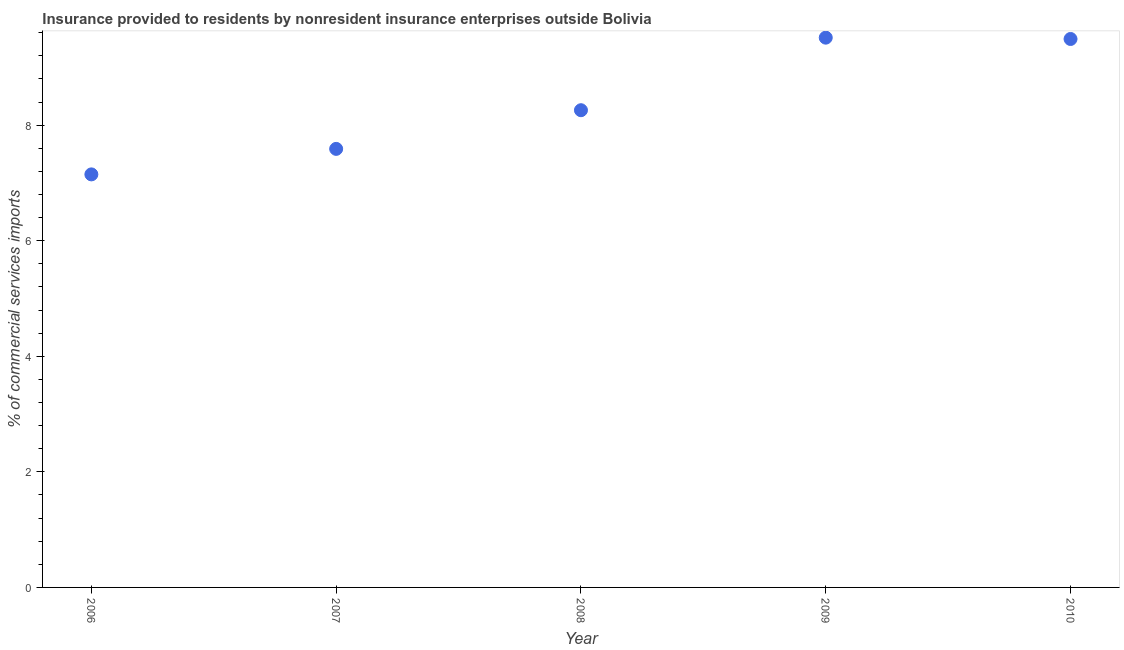
| Year | Insurance provided by non-residents |
 | --- | --- |
 | 2006 | 7.15 |
 | 2007 | 7.59 |
 | 2008 | 8.26 |
 | 2009 | 9.51 |
 | 2010 | 9.49 |